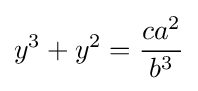
y^{3}+y^{2}={\frac {ca^{2}}{b^{3}}}